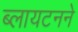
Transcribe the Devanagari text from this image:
ब्लायटनने